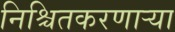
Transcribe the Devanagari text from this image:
निश्चितकरणाऱ्या